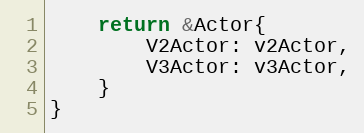
Language: Go
	return &Actor{
		V2Actor: v2Actor,
		V3Actor: v3Actor,
	}
}